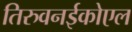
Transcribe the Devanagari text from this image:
तिरुवनईकोएल